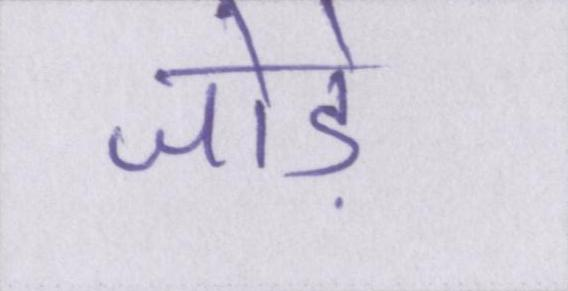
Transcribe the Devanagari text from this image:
जोड़े